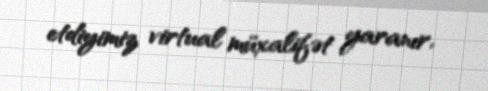
etdiyimiz virtual müxalifət yaranır.